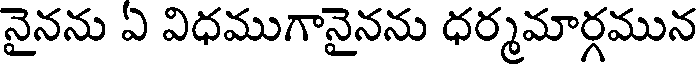
నైనను ఏ విధముగానైనను ధర్మమార్గమున